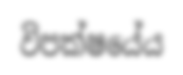
විපක්ෂයේය